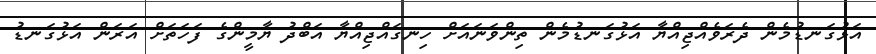
އަޅުގަނޑުމެން ދެރަވެއްޖިއްޔާ އަޅުގަނޑުމެން ތިންވަނައަށް ހިނގައްޖިއްޔާ އަބްދު ޔާމީންގެ ފަހަތަށް އަރަން އަޅުގަނޑު